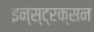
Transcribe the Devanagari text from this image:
इन्स्ट्रक्सन